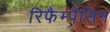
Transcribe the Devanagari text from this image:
रिफैम्पैसिन